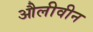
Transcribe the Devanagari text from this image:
औलीवीन